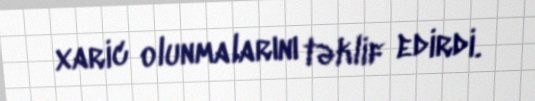
xaric olunmalarını təklif edirdi.